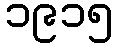
၁၉၁၅